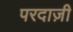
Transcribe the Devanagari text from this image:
परदाज़ी